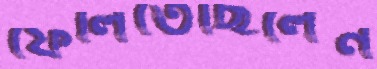
ফেলিতেছিলেন